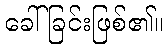
ခေါ်ခြင်းဖြစ်၏။